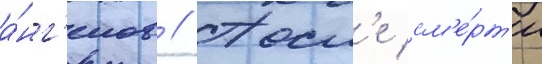
а́нг'елов // Посл'е см'е́рт'и